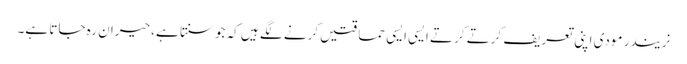
نریندر مودی اپنی تعریف کرتے کرتے ایسی ایسی حماقتیں کرنے لگے ہیں کہ جوسنتا ہے ،حیران رہ جاتا ہے۔